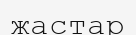
жастар